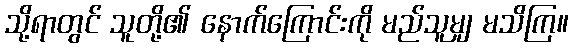
သို့ရာတွင် သူတို့၏ နောက်ကြောင်းကို မည်သူမျှ မသိကြ။